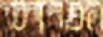
הפרדס